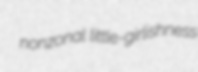
nonzonal little-girlishness